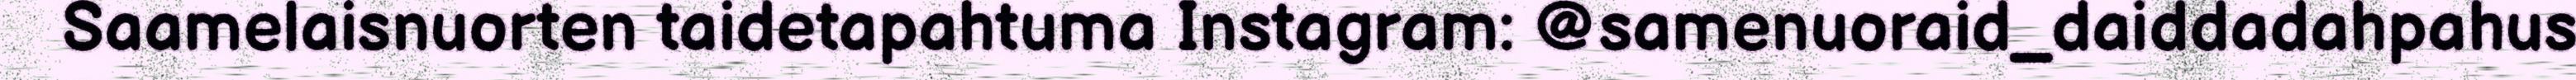
Saamelaisnuorten taidetapahtuma Instagram: @samenuoraid_daiddadahpahus